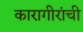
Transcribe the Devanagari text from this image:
कारागीरांची